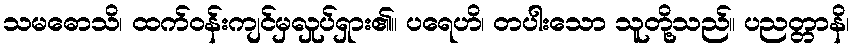
သမဓောသိ၊ ထက်ဝန်းကျင်မှလှုပ်ရှား၏။ ပရေဟိ၊ တပါးသော သူတို့သည်။ ပညတ္တာနိ၊